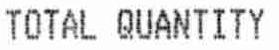
TOTAL QUANTITY